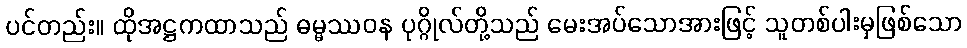
ပင်တည်း။ ထိုအဋ္ဌကထာသည် ဓမ္မဿဝန ပုဂ္ဂိုလ်တို့သည် မေးအပ်သောအားဖြင့် သူတစ်ပါးမှဖြစ်သော